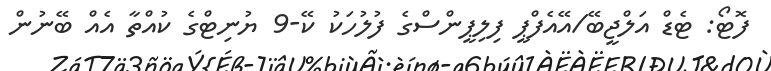
ފޮޓޯ: ޓެޑް އަލްޖީބޭ/އޭއެފްޕީ ފިލިޕީންސްގެ ފުލުހަކު ކޭ-9 ޔުނިޓްގެ ކުއްތާ އެއް ބޭނުން